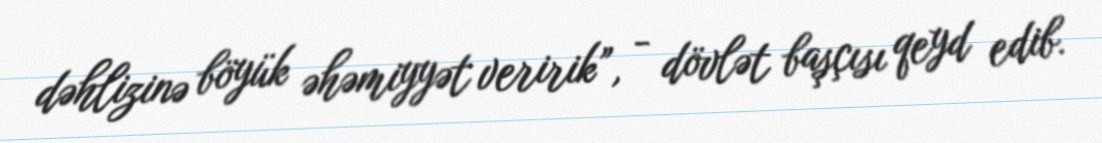
dəhlizinə böyük əhəmiyyət veririk”, - dövlət başçısı qeyd edib.